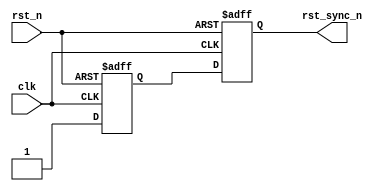
// (C) 2001-2017 Intel Corporation. All rights reserved.
// Your use of Intel Corporation's design tools, logic functions and other 
// software and tools, and its AMPP partner logic functions, and any output 
// files any of the foregoing (including device programming or simulation 
// files), and any associated documentation or information are expressly subject 
// to the terms and conditions of the Intel Program License Subscription 
// Agreement, Intel MegaCore Function License Agreement, or other applicable 
// license agreement, including, without limitation, that your use is for the 
// sole purpose of programming logic devices manufactured by Intel and sold by 
// Intel or its authorized distributors.  Please refer to the applicable 
// agreement for further details.


// synthesis translate_off
`timescale 1ns / 1ps
// synthesis translate_on

module altera_gtr_reset_synchronizer /* synthesis ALTERA_ATTRIBUTE = "SUPPRESS_DA_RULE_INTERNAL=\"R105\"" */ ( // Disable R105 rule check. This module itself is a reset synchronizer.
    input   clk,
    input   rst_n,

    output  rst_sync_n

);

reg     din_sync_1;
reg     din_sync_2;


always @(posedge clk or negedge rst_n) begin
    if (!rst_n) begin
        din_sync_1  <= 1'b0;
        din_sync_2  <= 1'b0;
    end
    else begin
        din_sync_1  <= 1'b1;
        din_sync_2  <= din_sync_1;
    end
end

assign rst_sync_n = din_sync_2;


endmodule